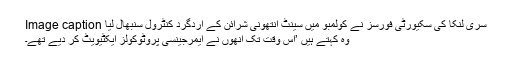
Image caption سری لنکا کی سکیورٹی فورسز نے کولمبو میں سینٹ انتھونی شرائن کے اردگرد کنٹرول سنبھال لیا
وہ کہتے ہیں ’اس وقت تک انھوں نے ایمرجینسی پروٹوکولز ایکٹیویٹ کر دیے تھے۔